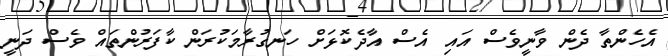
އެހެންތާ ދެން ވާނީވެސް އައި އެސް އާދެކޮޅަށް ހަނގުރާމަކުރަން ކާފަރުންތައް ވެސް ދަނީ